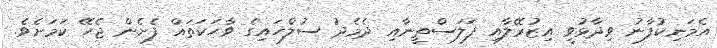
އެމަނިކުފާނު ވިދާޅުވީ އިޒުރޭލާއި ފަލަސްތީނާއި ދެމެދު ސުލްހައިގެ ވާހަކަތައް ފެށެން ޖެހޭ ކަމަށެވެ.